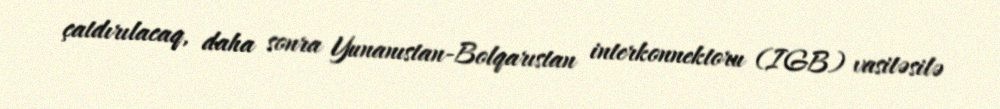
çatdırılacaq, daha sonra Yunanıstan-Bolqarıstan interkonnektoru (IGB) vasitəsilə